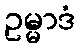
ဥမ္မာဒံ